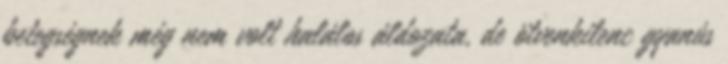
betegségnek még nem volt halálos áldozata, de ötvenkilenc gyanús